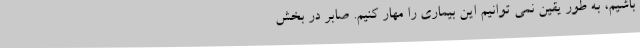
باشیم، به طور یقین نمی توانیم این بیماری را مهار کنیم. صابر در بخش